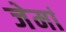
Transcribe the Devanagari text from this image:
जेमां